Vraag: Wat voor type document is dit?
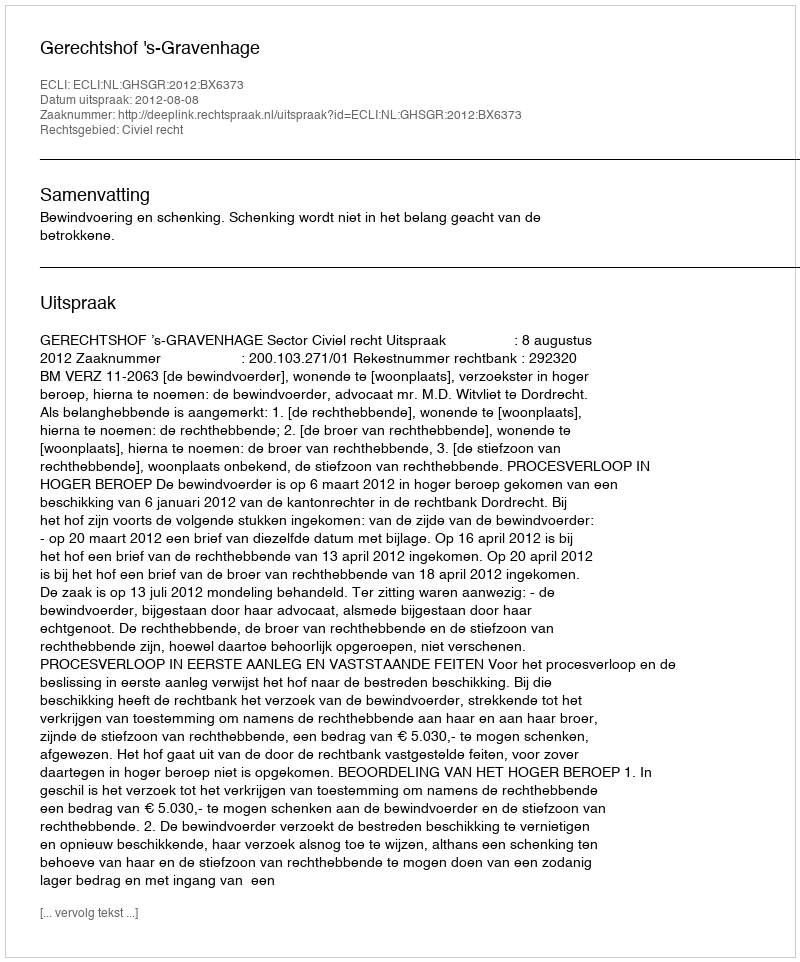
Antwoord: Uitspraak